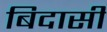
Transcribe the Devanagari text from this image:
बिदासी